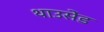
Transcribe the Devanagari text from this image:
थाउसेंड